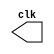
// --------------------------- 
// -- test clock generator (1) 
// --------------------------- 
module clock(clk);
	output clk;
	reg clk;
	
	initial begin
		clk = 1'b0;
	end
	
	always
		begin
			#5 clk = ~clk;
		end
endmodule